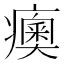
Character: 𤺾